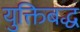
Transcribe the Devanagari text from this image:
युक्तिबद्ध